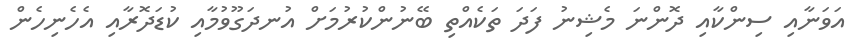
އަވަނާއި ސިންކާއި ދޮންނަ މެޝިނު ފަދަ ތަކެއްތި ބޭނުންކުރުމަށް އުނދަގޫވުމާއި ކުޑަދޮރާއި އެހެނިހެން